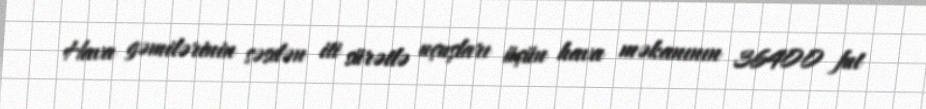
Hava gəmilərinin səsdən iti sürətlə uçuşları üçün hava məkanının 36400 fut